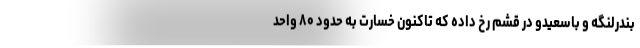
بندرلنگه و باسعیدو در قشم رخ داده که تاکنون خسارت به حدود ۸۰ واحد